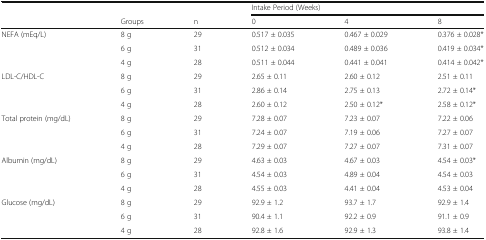
<table><thead><tr><td>[EMPTY_CELL]</td><td>[EMPTY_CELL]</td><td>[EMPTY_CELL]</td><td colspan="3"><b>Intake Period (Weeks)</b></td></tr><tr><td>[EMPTY_CELL]</td><td><b>Groups</b></td><td><b>n</b></td><td><b>0</b></td><td><b>4</b></td><td><b>8</b></td></tr></thead><tbody><tr><td rowspan="3">NEFA (mEq/L)</td><td>8 g</td><td>29</td><td>0.517 ± 0.035</td><td>0.467 ± 0.029</td><td>0.376 ± 0.028*</td></tr><tr><td>6 g</td><td>31</td><td>0.512 ± 0.034</td><td>0.489 ± 0.036</td><td>0.419 ± 0.034*</td></tr><tr><td>4 g</td><td>28</td><td>0.511 ± 0.044</td><td>0.441 ± 0.041</td><td>0.414 ± 0.042*</td></tr><tr><td rowspan="3">LDL-C/HDL-C</td><td>8 g</td><td>29</td><td>2.65 ± 0.11</td><td>2.60 ± 0.12</td><td>2.51 ± 0.11</td></tr><tr><td>6 g</td><td>31</td><td>2.86 ± 0.14</td><td>2.75 ± 0.13</td><td>2.72 ± 0.14*</td></tr><tr><td>4 g</td><td>28</td><td>2.60 ± 0.12</td><td>2.50 ± 0.12*</td><td>2.58 ± 0.12*</td></tr><tr><td rowspan="3">Total protein (mg/dL)</td><td>8 g</td><td>29</td><td>7.28 ± 0.07</td><td>7.23 ± 0.07</td><td>7.22 ± 0.06</td></tr><tr><td>6 g</td><td>31</td><td>7.24 ± 0.07</td><td>7.19 ± 0.06</td><td>7.27 ± 0.07</td></tr><tr><td>4 g</td><td>28</td><td>7.29 ± 0.07</td><td>7.27 ± 0.07</td><td>7.31 ± 0.07</td></tr><tr><td rowspan="3">Albumin (mg/dL)</td><td>8 g</td><td>29</td><td>4.63 ± 0.03</td><td>4.67 ± 0.03</td><td>4.54 ± 0.03*</td></tr><tr><td>6 g</td><td>31</td><td>4.54 ± 0.03</td><td>4.89 ± 0.04</td><td>4.54 ± 0.03</td></tr><tr><td>4 g</td><td>28</td><td>4.55 ± 0.03</td><td>4.41 ± 0.04</td><td>4.53 ± 0.04</td></tr><tr><td rowspan="3">Glucose (mg/dL)</td><td>8 g</td><td>29</td><td>92.9 ± 1.2</td><td>93.7 ± 1.7</td><td>92.9 ± 1.4</td></tr><tr><td>6 g</td><td>31</td><td>90.4 ± 1.1</td><td>92.2 ± 0.9</td><td>91.1 ± 0.9</td></tr><tr><td>4 g</td><td>28</td><td>92.8 ± 1.6</td><td>92.9 ± 1.3</td><td>93.8 ± 1.4</td></tr></tbody></table>